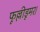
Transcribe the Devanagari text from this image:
फूल्लीडूमर।